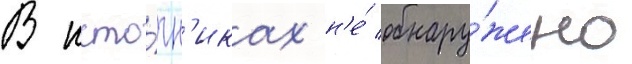
В исто́чн'иках н'е́ обнару́жено